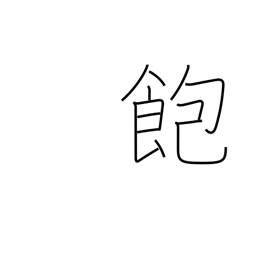
Meaning: tired of